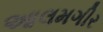
આલમગીર